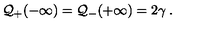
{ \cal Q } _ { + } ( - \infty ) = { \cal Q } _ { - } ( + \infty ) = 2 \gamma \: .